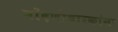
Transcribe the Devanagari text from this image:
नोंदणीधारकांना